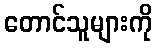
တောင်သူများကို